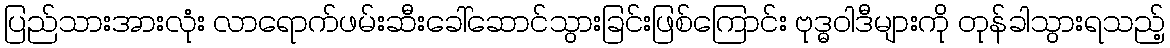
ပြည်သားအားလုံး လာရောက်ဖမ်းဆီးခေါ်ဆောင်သွားခြင်းဖြစ်ကြောင်း ဗုဒ္ဓဝါဒီများကို တုန်ခါသွားရသည့်